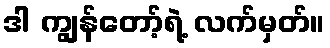
ဒါ ကျွန်တော့်ရဲ့ လက်မှတ်။